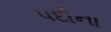
પદોના